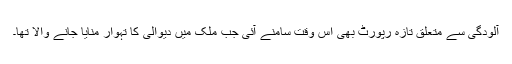
آلودگی سے متعلق تازہ رپورٹ بھی اس وقت سامنے آئی جب ملک میں دیوالی کا تہوار منایا جانے والا تھا۔